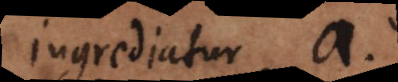
ingrediatur a.